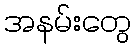
အနမ်းတွေ